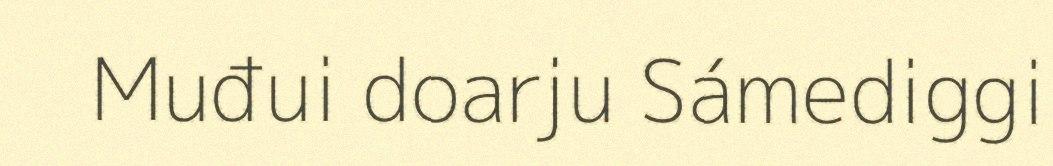
Muđui doarju Sámediggi